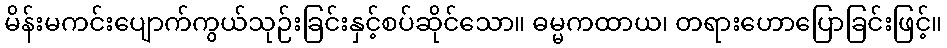
မိန်းမကင်းပျောက်ကွယ်သုဉ်းခြင်းနှင့်စပ်ဆိုင်သော။ ဓမ္မကထာယ၊ တရားဟောပြောခြင်းဖြင့်။